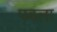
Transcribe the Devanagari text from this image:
पबला